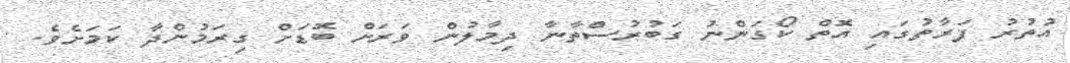
އުތުރު ފަރާތުގައި އޮތް ކޯގަންނު ގަބުރުސްތާނާ ދިމާލުން ވަރަށް ބޮޑަށް ގިރަމުންދާ ކަމަށެވެ.